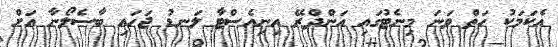
އެކަމަކު ހަތް ވަނަ މިނެޓުގައި އަންދްރޭ އިނިއެސްޓާ ލަނޑު ޖަހައި ބާސެލޯނާ އަށް